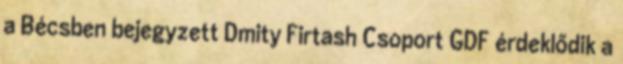
a Bécsben bejegyzett Dmity Firtash Csoport GDF érdeklődik a